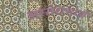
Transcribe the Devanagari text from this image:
अस्तरामध्ये